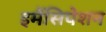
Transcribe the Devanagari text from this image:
इमैंसिपेशन